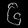
Digit: ၆